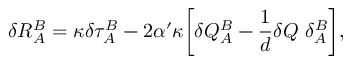
\delta R _ { A } ^ { B } = \kappa \delta \tau _ { A } ^ { B } - 2 \alpha ^ { \prime } \kappa \biggl [ \delta { \cal Q } _ { A } ^ { B } - \frac { 1 } { d } \delta { \cal Q } ~ \delta _ { A } ^ { B } \biggr ] ,